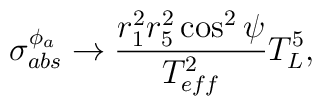
\sigma_{abs}^{\phi_{a}} \rightarrow \frac{r_{1}^2 r_{5}^2 \cos^2 \psi}{T_{eff}^2} T_{L}^5,